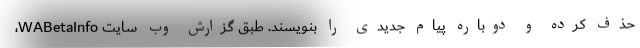
حذف کرده و دوباره پیام جدیدی را بنویسند. طبق گزارش وب سایت WABetaInfo،